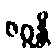
ဇဂ္ဂန္တိ